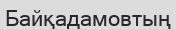
Байқадамовтың